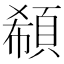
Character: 𩒽